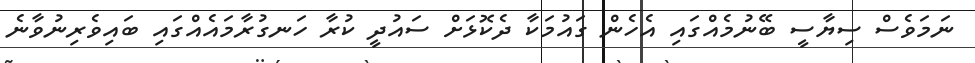
ނަމަވެސް ސިޔާސީ ބޭނުމެއްގައި އެހެން ގައުމަކާ ދެކޮޅަށް ސައުދީ ކުރާ ހަނގުރާމައެއްގައި ބައިވެރިނުވާނެ